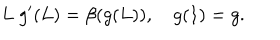
LaTeX: L \; g ^ { \prime } ( L ) = \beta ( g ( L ) ) , \quad g ( 1 ) = g .